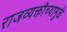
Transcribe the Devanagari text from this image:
राजव्यक्तीच्यामुळे